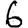
Digit: 6